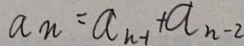
a _ { n } = a _ { n - 1 } + a _ { n - 2 }